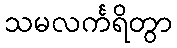
သမလင်္ကရိတွာ